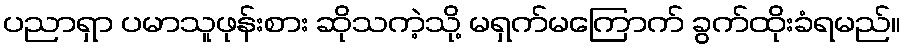
ပညာရှာ ပမာသူဖုန်းစား ဆိုသကဲ့သို့ မရှက်မကြောက် ခွက်ထိုးခံရမည်။